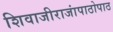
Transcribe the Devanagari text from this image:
शिवाजीराजांपाठोपाठ